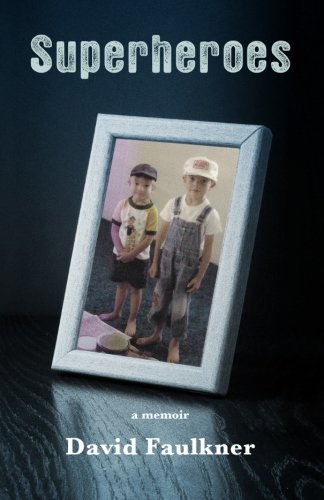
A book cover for Superheroes; David Faulkner; Teen & Young Adult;